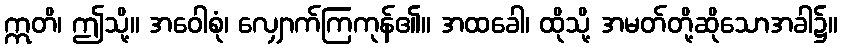
ဣတိ၊ ဤသို့။ အဝေါစုံ၊ လျှောက်ကြကုန်၏။ အထခေါ၊ ထိုသို့ အမတ်တို့ဆိုသောအခါ၌။